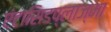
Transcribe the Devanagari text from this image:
एंटासिडप्लाज्मा